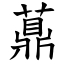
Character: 薡